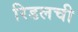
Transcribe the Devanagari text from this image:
रिडलची